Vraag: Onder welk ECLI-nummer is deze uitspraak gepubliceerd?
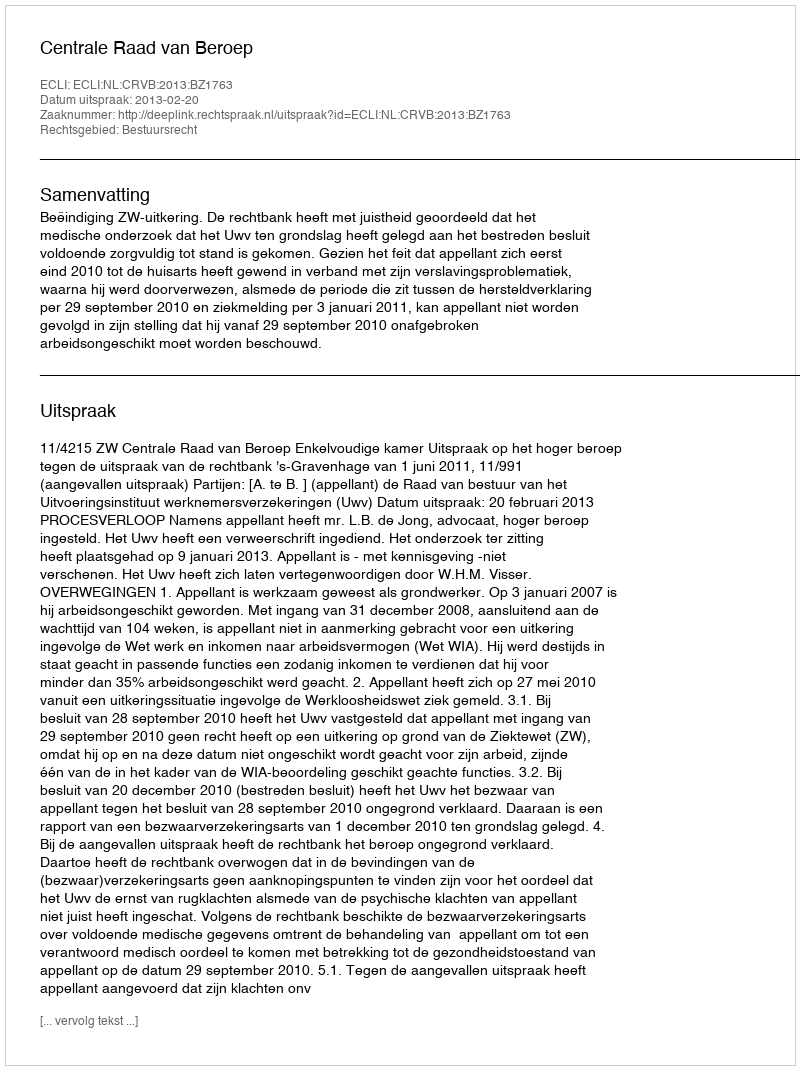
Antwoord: ECLI:NL:CRVB:2013:BZ1763